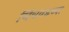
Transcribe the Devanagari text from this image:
चिंचवडच्या